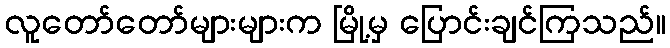
လူတော်တော်များများက မြို့မှ ပြောင်းချင်ကြသည်။